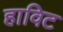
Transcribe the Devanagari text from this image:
हाविट